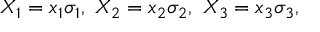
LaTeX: X _ { 1 } = x _ { 1 } \sigma _ { 1 } , ~ X _ { 2 } = x _ { 2 } \sigma _ { 2 } , ~ X _ { 3 } = x _ { 3 } \sigma _ { 3 } ,